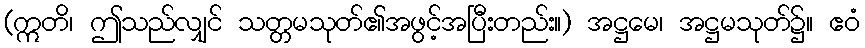
(ဣတိ၊ ဤသည်လျှင် သတ္တမသုတ်၏အဖွင့်အပြီးတည်း။) အဋ္ဌမေ၊ အဋ္ဌမသုတ်၌။ ဧဝံ